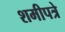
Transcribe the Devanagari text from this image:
शमीपत्रे